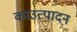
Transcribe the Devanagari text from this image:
काउत्पादन